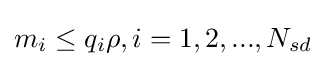
m_{i}\leq q_{i}\rho ,i=1,2,...,N_{sd}